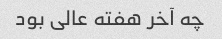
چه آخر هفته عالی بود